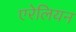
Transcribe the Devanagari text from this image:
एरेलियन